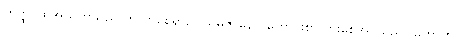
တတ္ထ၊ ထိုအသုတသညာကို ပွာစေရာ၌။ သမ္ပဇာနော၊ ကောင်းစွာ ပွားစေအပ်သည်။ ဟောတိ၊